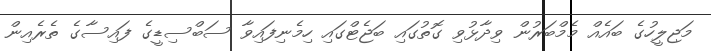
މަޖިލީހުގެ ބައެއް މެމްބަރުން ވިދާޅުވި ގޮތުގައި ބަޖެޓްގައި ހިމެނިފައިވާ ސަބްސިޑީގެ ފައިސާގެ ތެރެއިން